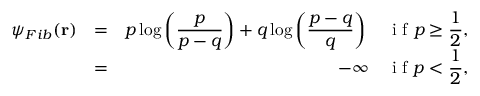
\begin{array} { r l r } { \psi _ { F i b } ( \mathbf { r } ) } & { = } & { p \log \displaystyle \left( \frac { p } { p - q } \right) + q \log \displaystyle \left( \frac { p - q } { q } \right) ~ ~ ~ \textnormal { i f } p \geq \displaystyle \frac { 1 } { 2 } , } \\ & { = } & { - \infty ~ ~ ~ \textnormal { i f } p < \displaystyle \frac { 1 } { 2 } , } \end{array}